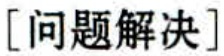
[问题解决]